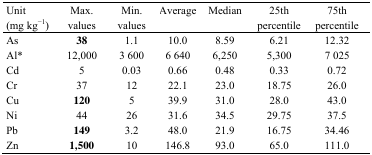
| Unit (mg kg−1) | Max. values | Min. values | Average | Median | 25th percentile | 75th percentile |
 | --- | --- | --- | --- | --- | --- | --- |
 | As | 38 | 1.1 | 10.0 | 8.59 | 6.21 | 12.32 |
 | Al* | 12,000 | 3 600 | 6 640 | 6,250 | 5,300 | 7 025 |
 | Cd | 5 | 0.03 | 0.66 | 0.48 | 0.33 | 0.72 |
 | Cr | 37 | 12 | 22.1 | 23.0 | 18.75 | 26.0 |
 | Cu | 120 | 5 | 39.9 | 31.0 | 28.0 | 43.0 |
 | Ni | 44 | 26 | 31.6 | 34.5 | 29.75 | 37.5 |
 | Pb | 149 | 3.2 | 48.0 | 21.9 | 16.75 | 34.46 |
 | Zn | 1,500 | 10 | 146.8 | 93.0 | 65.0 | 111.0 |